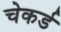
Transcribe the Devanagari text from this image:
चेकर्ड